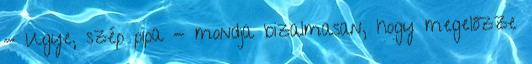
- Ugye, szép pipa - mondja bizalmasan, hogy megelőzze